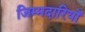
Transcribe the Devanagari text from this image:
जिम्मदारियों